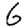
Digit: 6